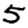
Digit: 5